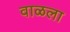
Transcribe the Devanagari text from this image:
वाळला